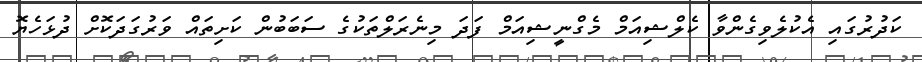
ކަދުރުގައި އެކުލެވިގެންވާ ކެލްޝިއަމް މެގްނީޝިއަމް ފަދަ މިނެރަލްތަކުގެ ސަބަބުން ކަށިތައް ވަރުގަދަކޮށް ދުޅަހެޔޮ